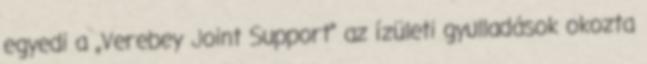
egyedi a „Verebey Joint Support” az ízületi gyulladások okozta